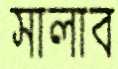
সালাব